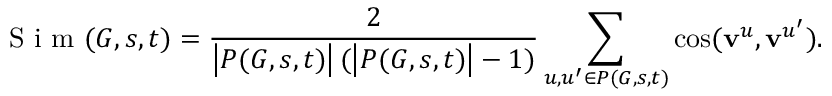
\textrm { S i m } ( G , s , t ) = \frac { 2 } { \left| P ( G , s , t ) \right| ( \left| P ( G , s , t ) \right| - 1 ) } \sum _ { u , u ^ { \prime } \in P ( G , s , t ) } \cos ( { \bf v } ^ { u } , { \bf v } ^ { u ^ { \prime } } ) .